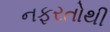
નફરતોથી